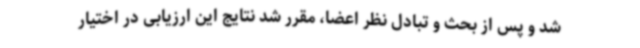
شد و پس از بحث و تبادل نظر اعضا، مقرر شد نتایج این ارزیابی در اختیار